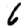
Digit: 6